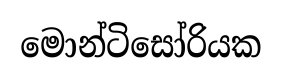
මොන්ටිසෝරියක